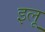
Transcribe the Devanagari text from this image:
इलू